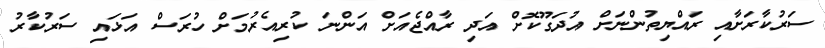
ސަރުކާރަށާއި ރައްޔިތުންނަށް އުދަގޫކޮށް އަދި ރާއްޖެއަށް އަންނަ ކުރިއެރުމަށް ހުރަސް އަޅައި ސަރުކާރު